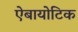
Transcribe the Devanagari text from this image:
ऐबायोटिक